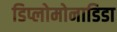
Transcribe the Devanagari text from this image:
डिप्लोमोनाडिडा